Civil Veterinary Dept. North-West Frontier Province 1901-22 - 1901-1922
Year: 1901
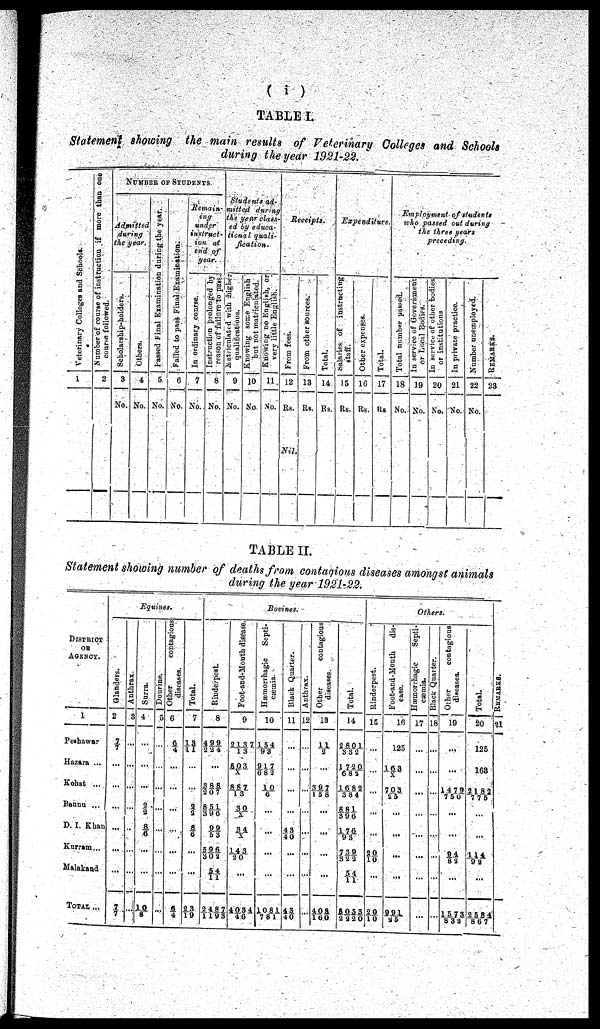
(i)
TABLE I.
Statement showing the main results of Veterinary Colleges and Schools
during the year 1921-22.
Veterinary Colleges and Schools.
1
Number of course of instruction if more than one
course followed.
2
NUMBER OF STUDENTS.
Admitted
during
the year.
Scholarship-holders.
3
No.
Others.
4
No.
Passed Final Examination during the year.
5
No.
Failed to pass
Final Examination.
6
No.
Remain-
ing
under
instruct-
ion at
end of
year.
In ordinary course.
7
No.
Instruction prolonged by
reason of failure to pass.
8
No.
Students
ad-
mitted
during
the year class-
ed by educa-
tional
quali-
fication.
Matriculated
with higher
qualifications.
9
No.
Knowing some English
but not matriculated.
10
No.
Knowing no English, or
very little English.
11
No.
Receipts.
From fees.
12
Rs.
Nil.
From other sources.
13
Rs.
Total.
14
Rs.
Expenditure.
Salaries
of instructing
staff.
15
Rs.
Other expenses.
16
Rs.
Total.
17
Rs
Employment
of students
who passed out during
the three years
preceding.
Total number passed.
18
No.
In service of Government
or Local Bodies.
19
No.
In service of other bodies
or institutions
20
No.
In private practice.
21
No.
Number unemployed.
22
No.
REMARKS.
23
TABLE II.
Statement showing number of deaths from contagions diseases amongst animals
during the year 1921-22.
DISTRICT
OR
AGENCY.
1
Peshawar
Hazara ...
Kohat ...
Bannu ...
D. I. Khan
Kurram...
Malakand
TOTAL ...
Equines.
Glanders.
2
7/7
...
...
...
...
...
...
7
/7
Anthrax.
3
...
...
...
...
...
...
...
...
Surra.
4
...
...
...
2/
2
8/
6
...
...
10/
8
Dourine.
5
...
...
...
...
...
...
...
...
Other
contagious
diseases.
6
6/
4
...
...
...
...
...
...
6/
4
Total.
7
13/
11
...
...
2/
2
8/
6
...
...
23/
19
Bovines.
Rinderpest.
8
499/
224
...
388/
207
851/
396
99/
53
596/
302
54/
11
2487/
1193
Foot-and-Mouth disease.
9
2137/
13
803/
X
887/
13
3 0/
X
34/
X
143/
20
...
4034/
46
Hæmorrhagic
Septi-
cæmia.
10
154/
93
917/
682
10/
6
...
...
...
...
1081/
781
Black Quarter.
11
...
...
...
...
43/
40
...
...
43/
40
Anthrax.
12
...
...
...
...
...
...
...
...
Other
contagious
diseases.
13
11/
2
...
397/
158
...
...
...
...
408/
160
Total.
14
2801/
332
1720/
682
1682/
384
881/
396
176/
93
739/
322
54/
11
8053/
2220
Others.
Rinderpest.
15
...
...
...
...
...
20/
10
...
20/
10
Foot-and-Mouth
dis-
ease.
16
125
163/
X
703/
25
...
...
...
...
991/
25
Hæmorrhagic Sept i -
cæmia.
17
...
...
...
...
...
...
...
...
Bl ack Quar t
er .
18
...
...
...
...
...
...
...
...
Other
contagious
diseases.
19
...
...
1479/
750
...
...
94/
82
...
1573/
832
Total.
20
125
163
2182/
775
...
...
114/
92
...
2584/
867
RE MARKS .
21